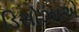
ડિસોઝાએ